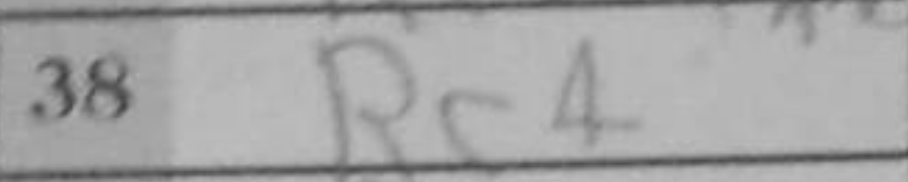
Transcription: Rc4